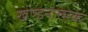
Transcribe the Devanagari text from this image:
खण्डनात्मक